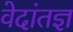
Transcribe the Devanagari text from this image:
वेदांतज्ञ